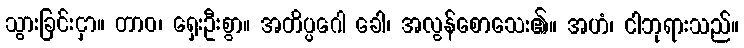
သွားခြင်းငှာ။ တာဝ၊ ရှေးဦးစွာ။ အတိပ္ပဂေါ ခေါ၊ အလွန်စောသေး၏။ အဟံ၊ ငါဘုရားသည်။